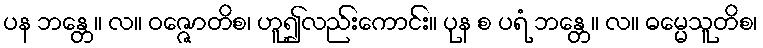
ပန ဘန္တေ။ လ။ ဝဇ္ဇောတိစ၊ ဟူ၍လည်းကောင်း။ ပုန စ ပရံ ဘန္တေ။ လ။ ဓမ္မေသူတိစ၊